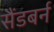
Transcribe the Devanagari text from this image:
सैंडबर्न